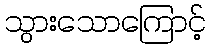
သွားသောကြောင့်